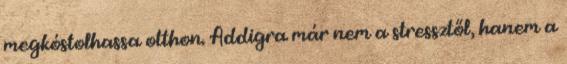
megkóstolhassa otthon. Addigra már nem a stressztől, hanem a